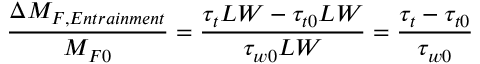
\frac { \Delta M _ { F , E n t r a i n m e n t } } { M _ { F 0 } } = \frac { \tau _ { t } L W - \tau _ { t 0 } L W } { \tau _ { w 0 } L W } = \frac { \tau _ { t } - \tau _ { t 0 } } { \tau _ { w 0 } }